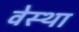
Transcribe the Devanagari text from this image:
वेस्था